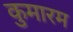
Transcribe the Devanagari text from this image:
कुमारम